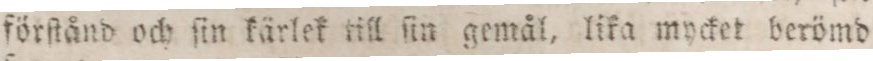
förſtånd och ſin kärlek till ſin gemål, lika mycket berömd